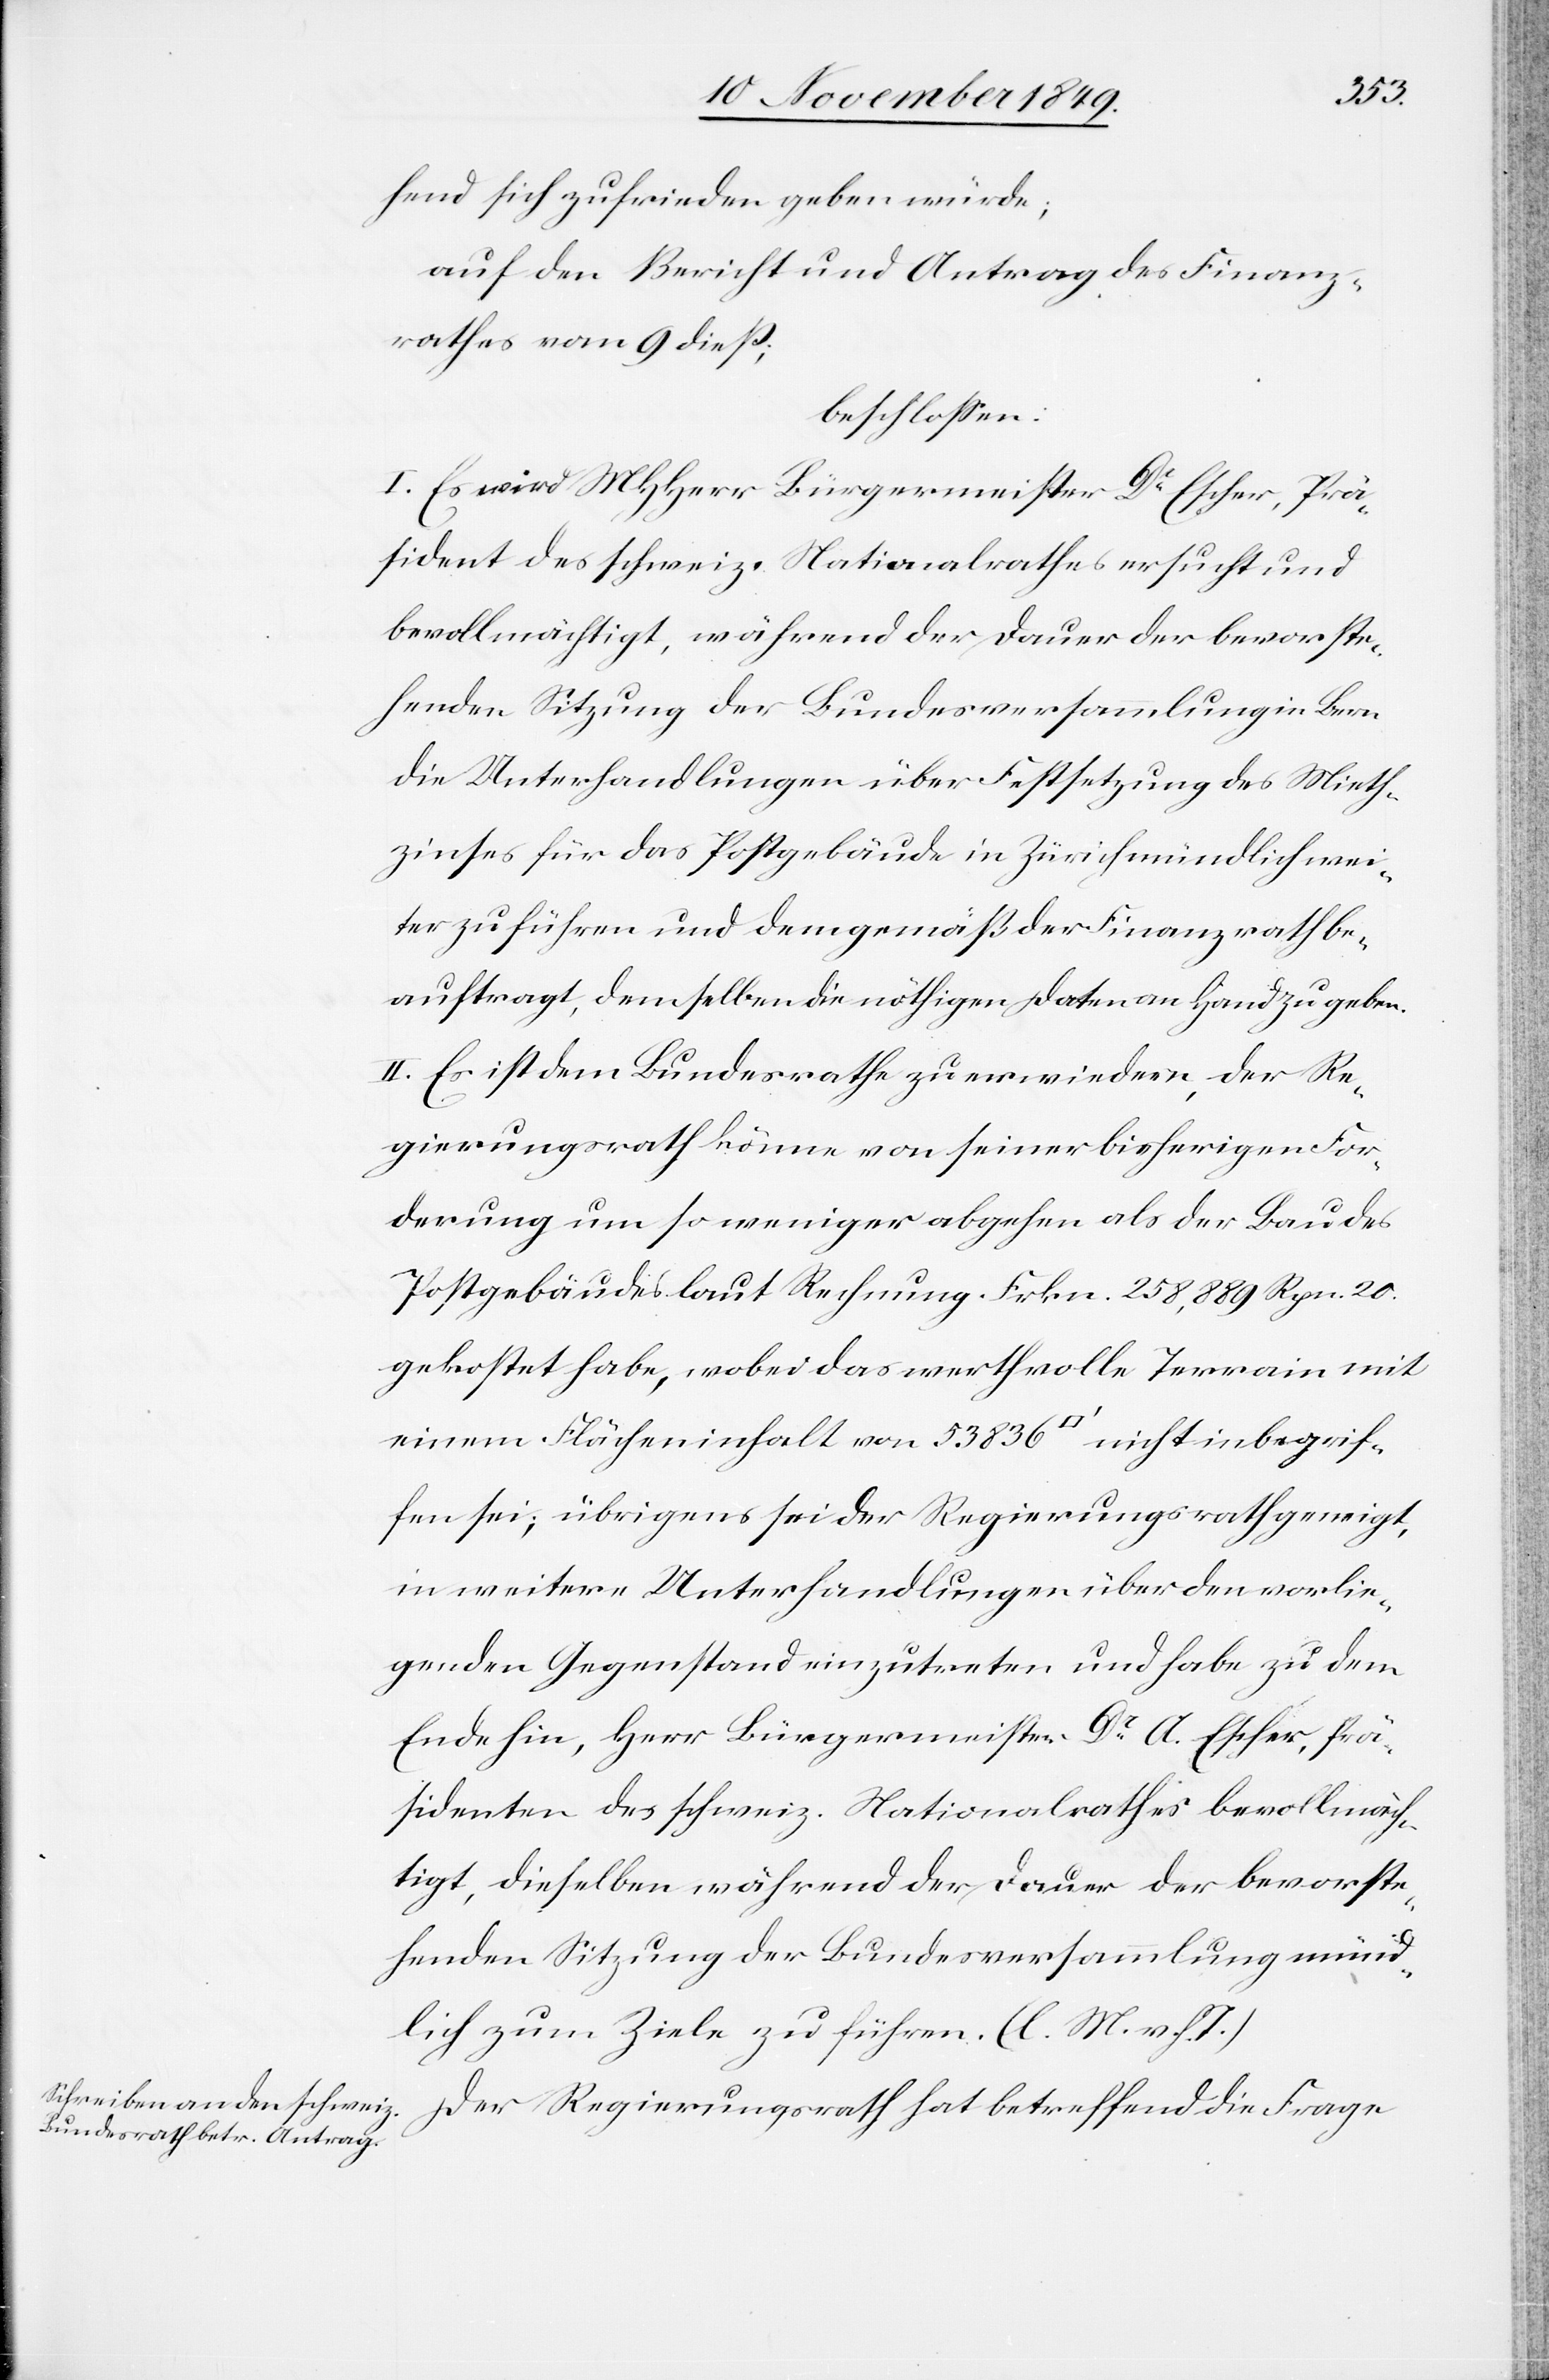
gehend sich zufrieden geben würde;
auf den Bericht und Antrag des Finanz¬
rathes vom 9 dieß;
beschloßen:
I. Es wird MHHerr Bürgermeister Dr Escher, Prä¬
sident des schweiz. Nationalrathes ersucht und
bevollmächtigt, während der Dauer der bevorste¬
henden Sitzung der Bundesversammlung in Bern
die Unterhandlung über Festsetzung des Mieth¬
zinses für das Postgebäude in Zürich mündlich wei¬
terzuführen und demgemäß der Finanzrath be¬
auftragt, demselben die nöthigen Daten an Hand zu geben.
II. Es ist dem Bundesrathe zu erwiedern, der Re¬
gierungsrath könne von seiner bisherigen For¬
derung um so weniger abgehen als der Bau des
Postgebäudes laut Rechnung Frkn. 258,889 Rpn. 20.
gekostet habe, wobei das werthvolle Terrain mit
einem Flächeninhalt von 53 836 [Quadrat]-fuß nicht inbegrif¬
fen sei; übrigens sei der Regierungsrath geneigt,
in weitern Unterhandlungen über den vorlie¬
genden Gegenstand einzutreten und habe zu dem
Ende hin, Herr Bürgermeister Dr A. Escher, Prä¬
sidenten des schweiz. Nationalrathes bevollmäch¬
tigt, dieselben während der Dauer der bevorste¬
henden Sitzung der Bundesversammlung münd¬
lich zum Ziele zu führen. [l. M. v. h.
Der Regierungsrath hat betreffend die Frage